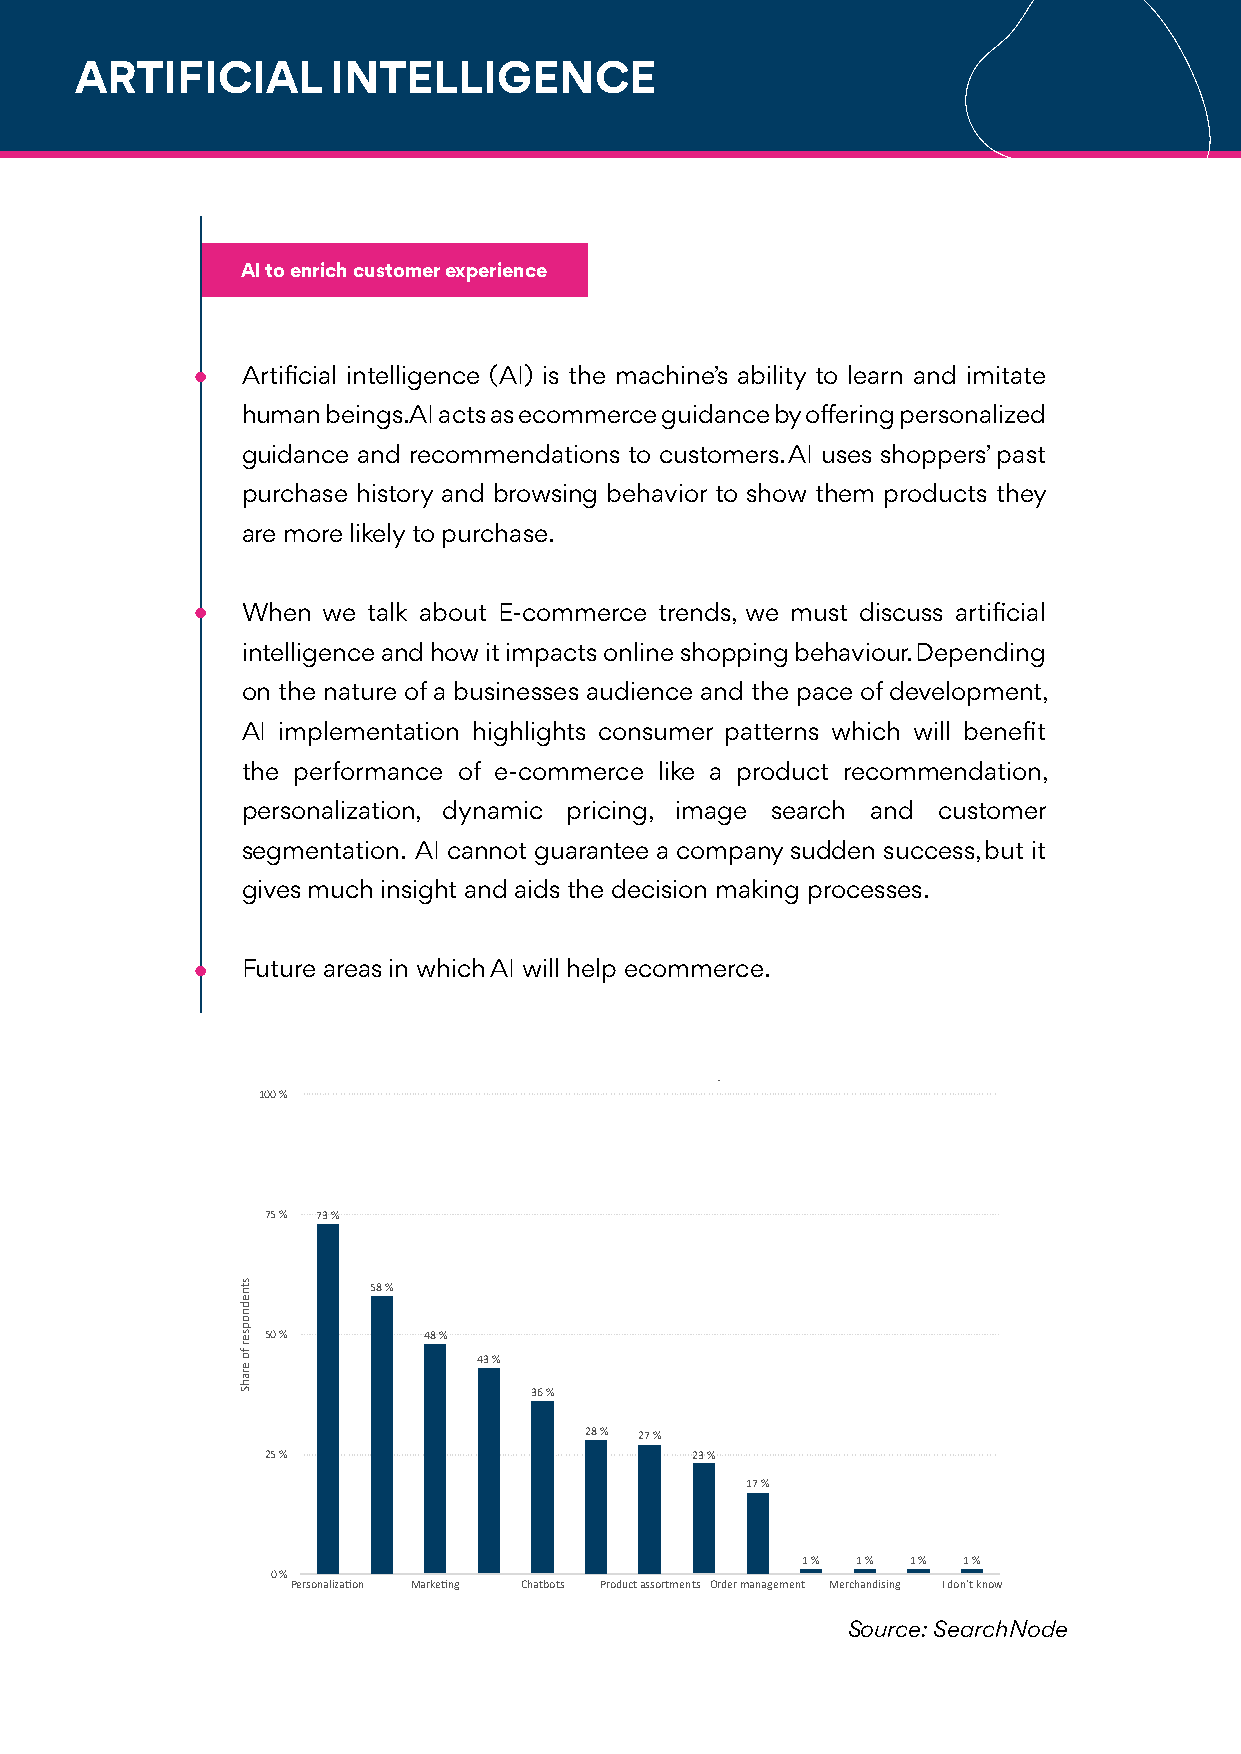
ARTIFICIAL       INTELLIGENCE
 AI to enrich customer experience
 Artificial intelligence (AI) is the machine’s ability to learn and imitate
 human beings. AI acts as ecommerce guidance by offering personalized
 guidance and recommendations to customers. AI uses shoppers’ past
 purchase history and browsing behavior to show them products they
 are more likely to purchase.
 When we talk about E-commerce trends, we must discuss artificial
 intelligence and how it impacts online shopping behaviour. Depending
 on the nature of a businesses audience and the pace of development,
 AI implementation highlights consumer patterns which will benefit
 the performance of e-commerce like a product recommendation,
 personalization, dynamic pricing, image search and customer
 segmentation. AI cannot guarantee a company sudden success, but it
 gives much insight and aids the decision making processes.
 Future areas in which AI will help ecommerce.
 Future areas in which AI will help ecommerce
 100 %
 75 % 73 %
 58 %
 50 %      48 %
 43 %
 36 %
 28 % 27 %
 25 %                        23 %
 17 %
 1 % 1 % 1 % 1 %
 0 %
 Personaliza?on Marke?ng Chatbots Product assortments Order management Merchandising I don´t know
 Source: SearchNode
 stnednopser
 fo
 erahS